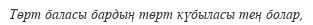
Төрт баласы бардың төрт күбыласы тең болар,